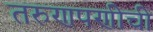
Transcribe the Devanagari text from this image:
तरुणपणीची